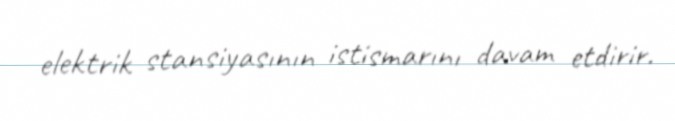
elektrik stansiyasının istismarını davam etdirir.